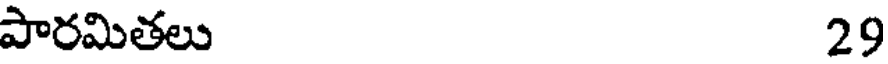
పారమితలు 29